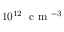
1 0 ^ { 1 2 } \; \mathrm { ~ c ~ m ~ } ^ { - 3 }